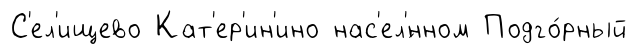
С'ел'ищево Кат'ер'ин'ино нас'ел'́нном Подго́рный